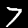
Label: 7